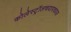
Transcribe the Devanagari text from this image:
कोलेस्ट्रॉलचयापचयज